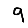
Digit: 9